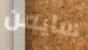
سايمن